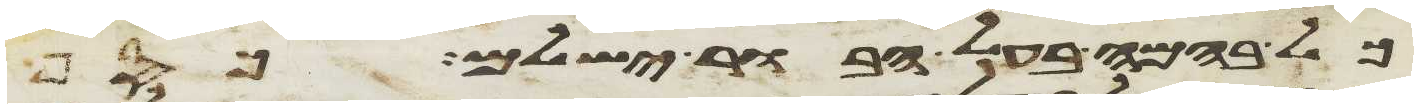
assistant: כל בהמה בעל הבור ישלם כסף